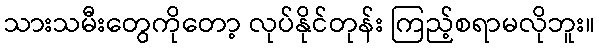
သားသမီးတွေကိုတော့ လုပ်နိုင်တုန်း ကြည့်စရာမလိုဘူး။